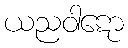
ယညဝါဋော